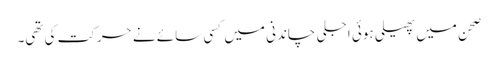
صحن میں پھیلی ہوئی اجلی چاندنی میں کسی سائے نے حرکت کی تھی۔